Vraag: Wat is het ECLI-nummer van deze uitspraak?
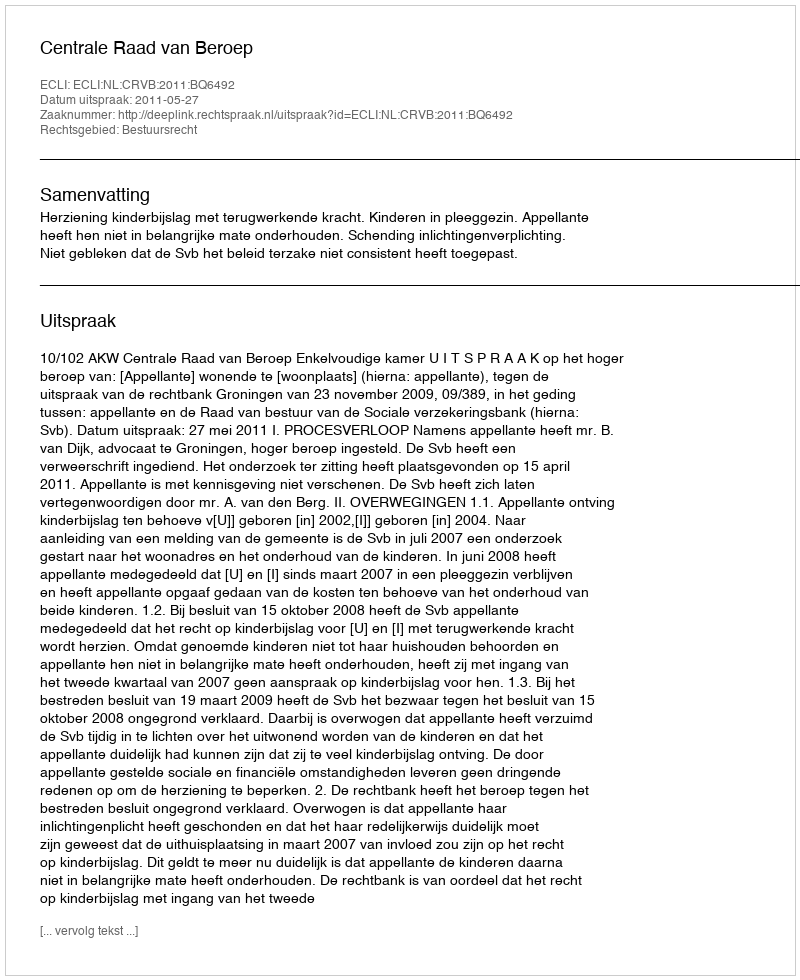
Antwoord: ECLI:NL:CRVB:2011:BQ6492